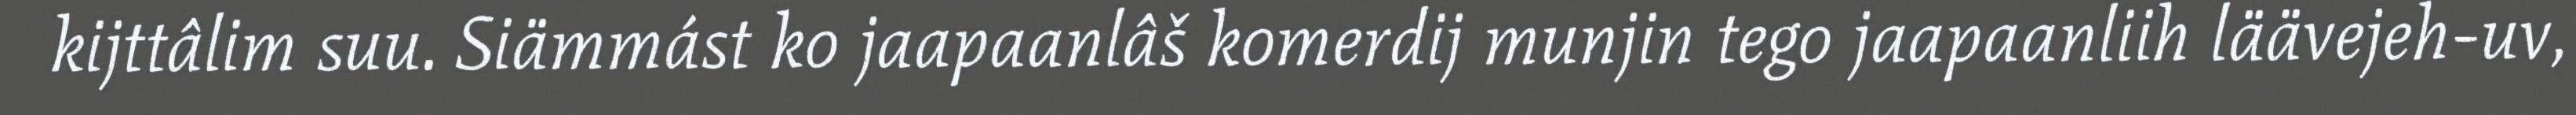
kijttâlim suu. Siämmást ko jaapaanlâš komerdij munjin tego jaapaanliih läävejeh-uv,